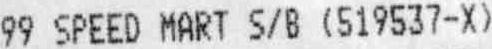
99 SPEED MART S/B (519537-X)